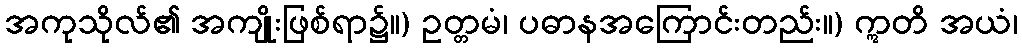
အကုသိုလ်၏ အကျိုးဖြစ်ရာ၌။) ဥတ္တမံ၊ ပဓာနအကြောင်းတည်း။) ဣတိ အယံ၊